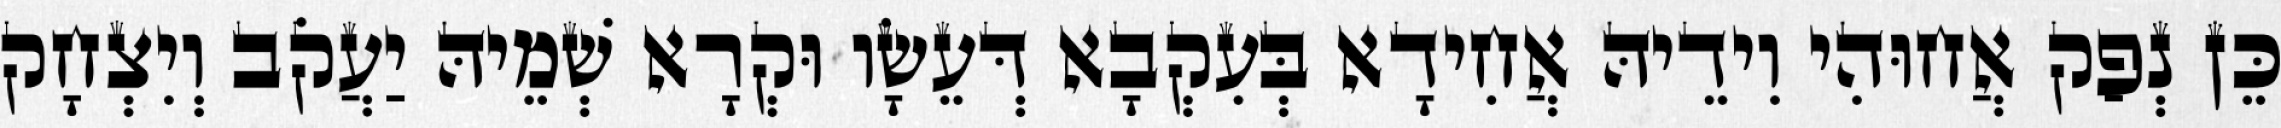
כֵּן נְפַק אֲחוּהִי וִידֵיהּ אֲחִידָא בְּעִקְבָא דְּעֵשָׂו וּקְרָא שְׁמֵיהּ יַעֲקֹב וְיִצְחָק